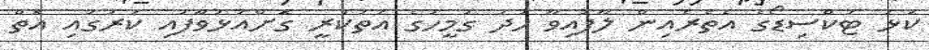
ކަޅު ޓަކްސިޑޯގެ އެތެރެއިން ލާފައިވާ ހުދު ގަމީހުގެ އަތުކުރީ ގޮށްއަޅުވާފައި ކަރުގައި އޮތް